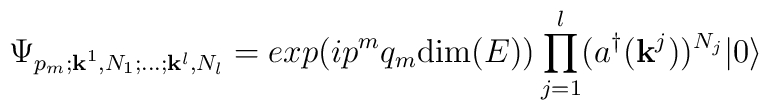
\Psi_{p_{m}; {\bf k}^{1}, N_{1}; \dots ;{\bf k}^{l}, N_{l}} = exp(ip^{m}q_{m}{\rm dim}(E)) \prod_{j=1}^{l} (a^{\dagger}({\bf k}^{j}))^{N_{j}}|0\rangle